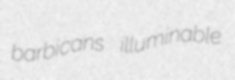
barbicans illuminable